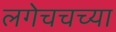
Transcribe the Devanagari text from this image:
लगेचचच्या